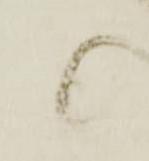
候